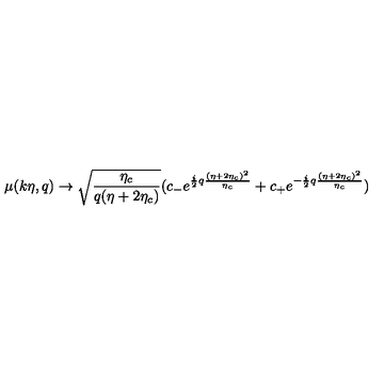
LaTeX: \mu ( k \eta , q ) \rightarrow \sqrt { \frac { \eta _ { c } } { q ( \eta + 2 \eta _ { c } ) } } ( c _ { - } e ^ { \frac { i } { 2 } q \frac { ( \eta + 2 \eta _ { c } ) ^ { 2 } } { \eta _ { c } } } + c _ { + } e ^ { - \frac { i } { 2 } q \frac { ( \eta + 2 \eta _ { c } ) ^ { 2 } } { \eta _ { c } } } )